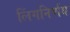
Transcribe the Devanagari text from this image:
लिंगनिर्णय